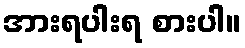
အားရပါးရ စားပါ။